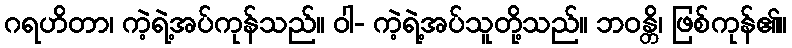
ဂရဟိတာ၊ ကဲ့ရဲ့အပ်ကုန်သည်။ ဝါ- ကဲ့ရဲ့အပ်သူတို့သည်။ ဘဝန္တိ၊ ဖြစ်ကုန်၏။